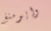
وايومنغ